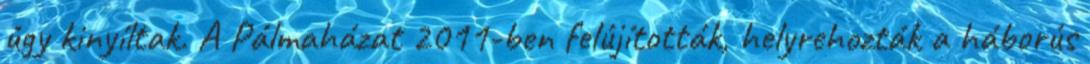
úgy kinyíltak. A Pálmaházat 2011-ben felújították, helyrehozták a háborús